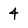
Character: 4